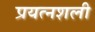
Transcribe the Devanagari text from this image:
प्रयत्नशली